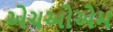
એચઓએમ